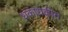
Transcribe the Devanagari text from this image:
धकाधकीत